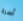
أسرة